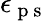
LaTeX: \epsilon_{\mathrm{~p~s~}}